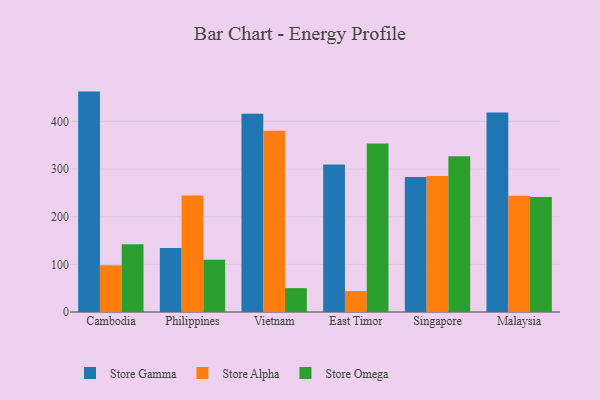
{"axis": {"x": "Country", "y": "Demand Index"}, "legend": ["Store Alpha", "Store Gamma", "Store Omega"], "data": [{"x": "Cambodia", "y": 462.6, "type": "Store Gamma"}, {"x": "Cambodia", "y": 98.2, "type": "Store Alpha"}, {"x": "Cambodia", "y": 142.1, "type": "Store Omega"}, {"x": "Philippines", "y": 134.3, "type": "Store Gamma"}, {"x": "Philippines", "y": 244.4, "type": "Store Alpha"}, {"x": "Philippines", "y": 109.8, "type": "Store Omega"}, {"x": "Vietnam", "y": 416.3, "type": "Store Gamma"}, {"x": "Vietnam", "y": 380.4, "type": "Store Alpha"}, {"x": "Vietnam", "y": 50.1, "type": "Store Omega"}, {"x": "East Timor", "y": 309.4, "type": "Store Gamma"}, {"x": "East Timor", "y": 43.9, "type": "Store Alpha"}, {"x": "East Timor", "y": 353.6, "type": "Store Omega"}, {"x": "Singapore", "y": 283.3, "type": "Store Gamma"}, {"x": "Singapore", "y": 285.4, "type": "Store Alpha"}, {"x": "Singapore", "y": 326.7, "type": "Store Omega"}, {"x": "Malaysia", "y": 418.6, "type": "Store Gamma"}, {"x": "Malaysia", "y": 244.0, "type": "Store Alpha"}, {"x": "Malaysia", "y": 241.5, "type": "Store Omega"}]}